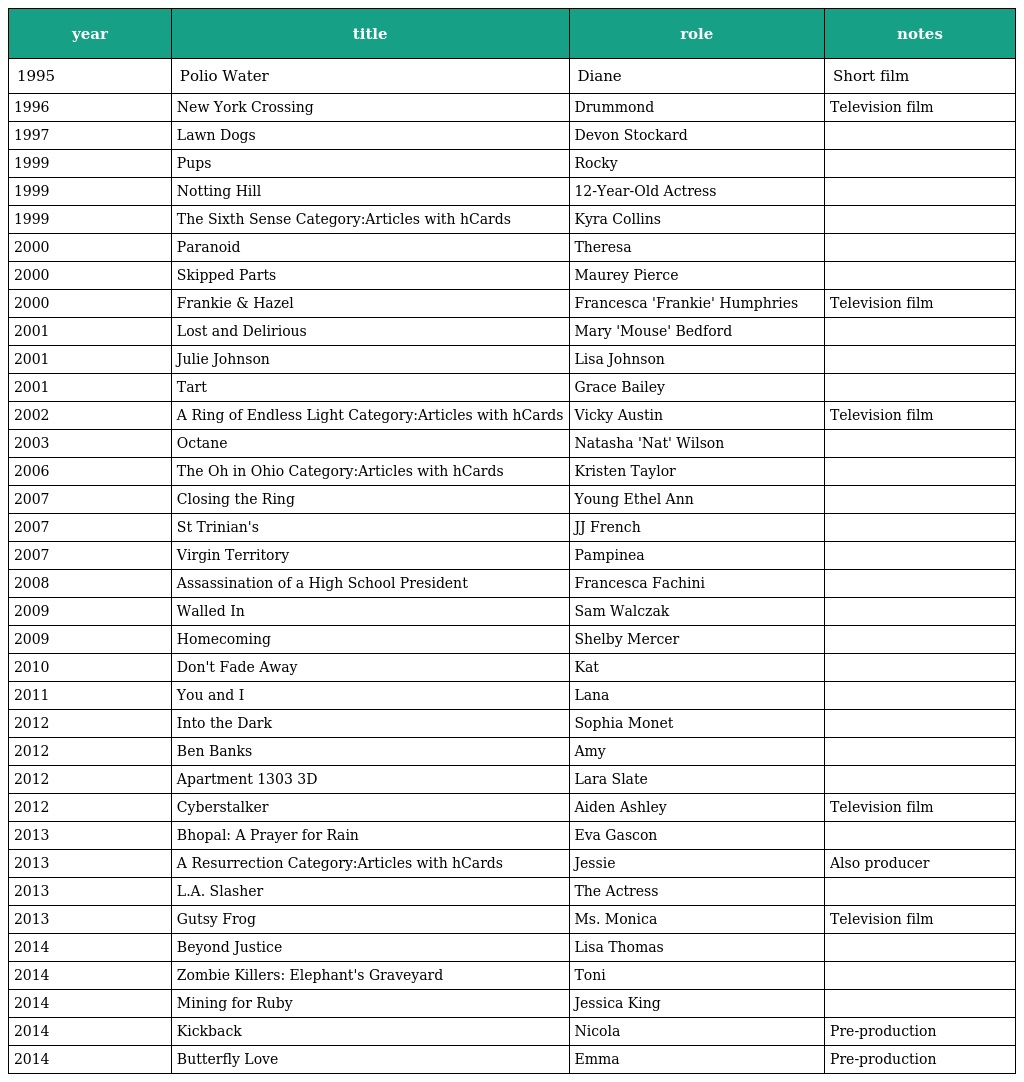
| year | title | role | notes |
 | --- | --- | --- | --- |
 | 1995 | Polio Water | Diane | Short film |
 | 1996 | New York Crossing | Drummond | Television film |
 | 1997 | Lawn Dogs | Devon Stockard |  |
 | 1999 | Pups | Rocky |  |
 | 1999 | Notting Hill | 12-Year-Old Actress |  |
 | 1999 | The Sixth Sense Category:Articles with hCards | Kyra Collins |  |
 | 2000 | Paranoid | Theresa |  |
 | 2000 | Skipped Parts | Maurey Pierce |  |
 | 2000 | Frankie & Hazel | Francesca 'Frankie' Humphries | Television film |
 | 2001 | Lost and Delirious | Mary 'Mouse' Bedford |  |
 | 2001 | Julie Johnson | Lisa Johnson |  |
 | 2001 | Tart | Grace Bailey |  |
 | 2002 | A Ring of Endless Light Category:Articles with hCards | Vicky Austin | Television film |
 | 2003 | Octane | Natasha 'Nat' Wilson |  |
 | 2006 | The Oh in Ohio Category:Articles with hCards | Kristen Taylor |  |
 | 2007 | Closing the Ring | Young Ethel Ann |  |
 | 2007 | St Trinian's | JJ French |  |
 | 2007 | Virgin Territory | Pampinea |  |
 | 2008 | Assassination of a High School President | Francesca Fachini |  |
 | 2009 | Walled In | Sam Walczak |  |
 | 2009 | Homecoming | Shelby Mercer |  |
 | 2010 | Don't Fade Away | Kat |  |
 | 2011 | You and I | Lana |  |
 | 2012 | Into the Dark | Sophia Monet |  |
 | 2012 | Ben Banks | Amy |  |
 | 2012 | Apartment 1303 3D | Lara Slate |  |
 | 2012 | Cyberstalker | Aiden Ashley | Television film |
 | 2013 | Bhopal: A Prayer for Rain | Eva Gascon |  |
 | 2013 | A Resurrection Category:Articles with hCards | Jessie | Also producer |
 | 2013 | L.A. Slasher | The Actress |  |
 | 2013 | Gutsy Frog | Ms. Monica | Television film |
 | 2014 | Beyond Justice | Lisa Thomas |  |
 | 2014 | Zombie Killers: Elephant's Graveyard | Toni |  |
 | 2014 | Mining for Ruby | Jessica King |  |
 | 2014 | Kickback | Nicola | Pre-production |
 | 2014 | Butterfly Love | Emma | Pre-production |